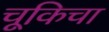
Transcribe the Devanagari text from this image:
चूकिचा